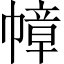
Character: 幛